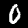
Label: 0